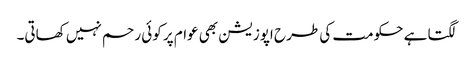
لگتا ہے حکومت کی طرح اپوزیشن بھی عوام پر کوئی رحم نہیں کھاتی۔